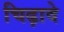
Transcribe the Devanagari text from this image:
चिढ़ावे